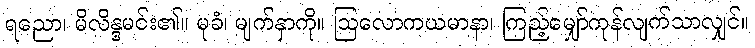
ရညော၊ မိလိန္ဒမင်း၏။ မုခံ၊ မျက်နှာကို။ ဩလောကယမာနာ၊ ကြည့်မျှော်ကုန်လျက်သာလျှင်။